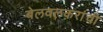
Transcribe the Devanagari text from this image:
बेलवलकरांची